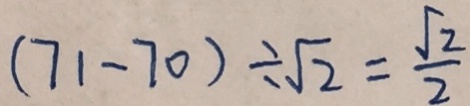
( 7 1 - 7 0 ) \div \sqrt { 2 } = \frac { \sqrt { 2 } } { 2 }